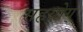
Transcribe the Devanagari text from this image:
सहयोग्